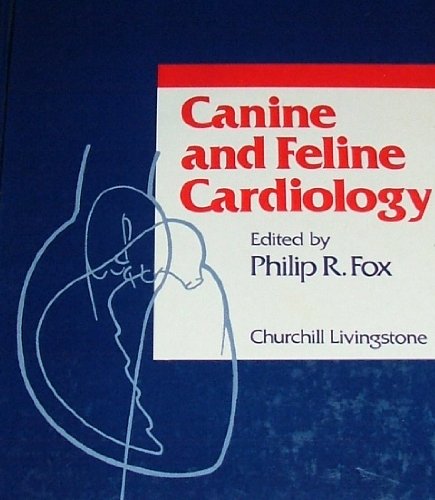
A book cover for Canine and Feline Cardiology; Medical Books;